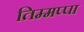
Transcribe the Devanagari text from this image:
तिम्मप्पा